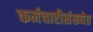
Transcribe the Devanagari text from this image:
कर्मचारीसंख्येत